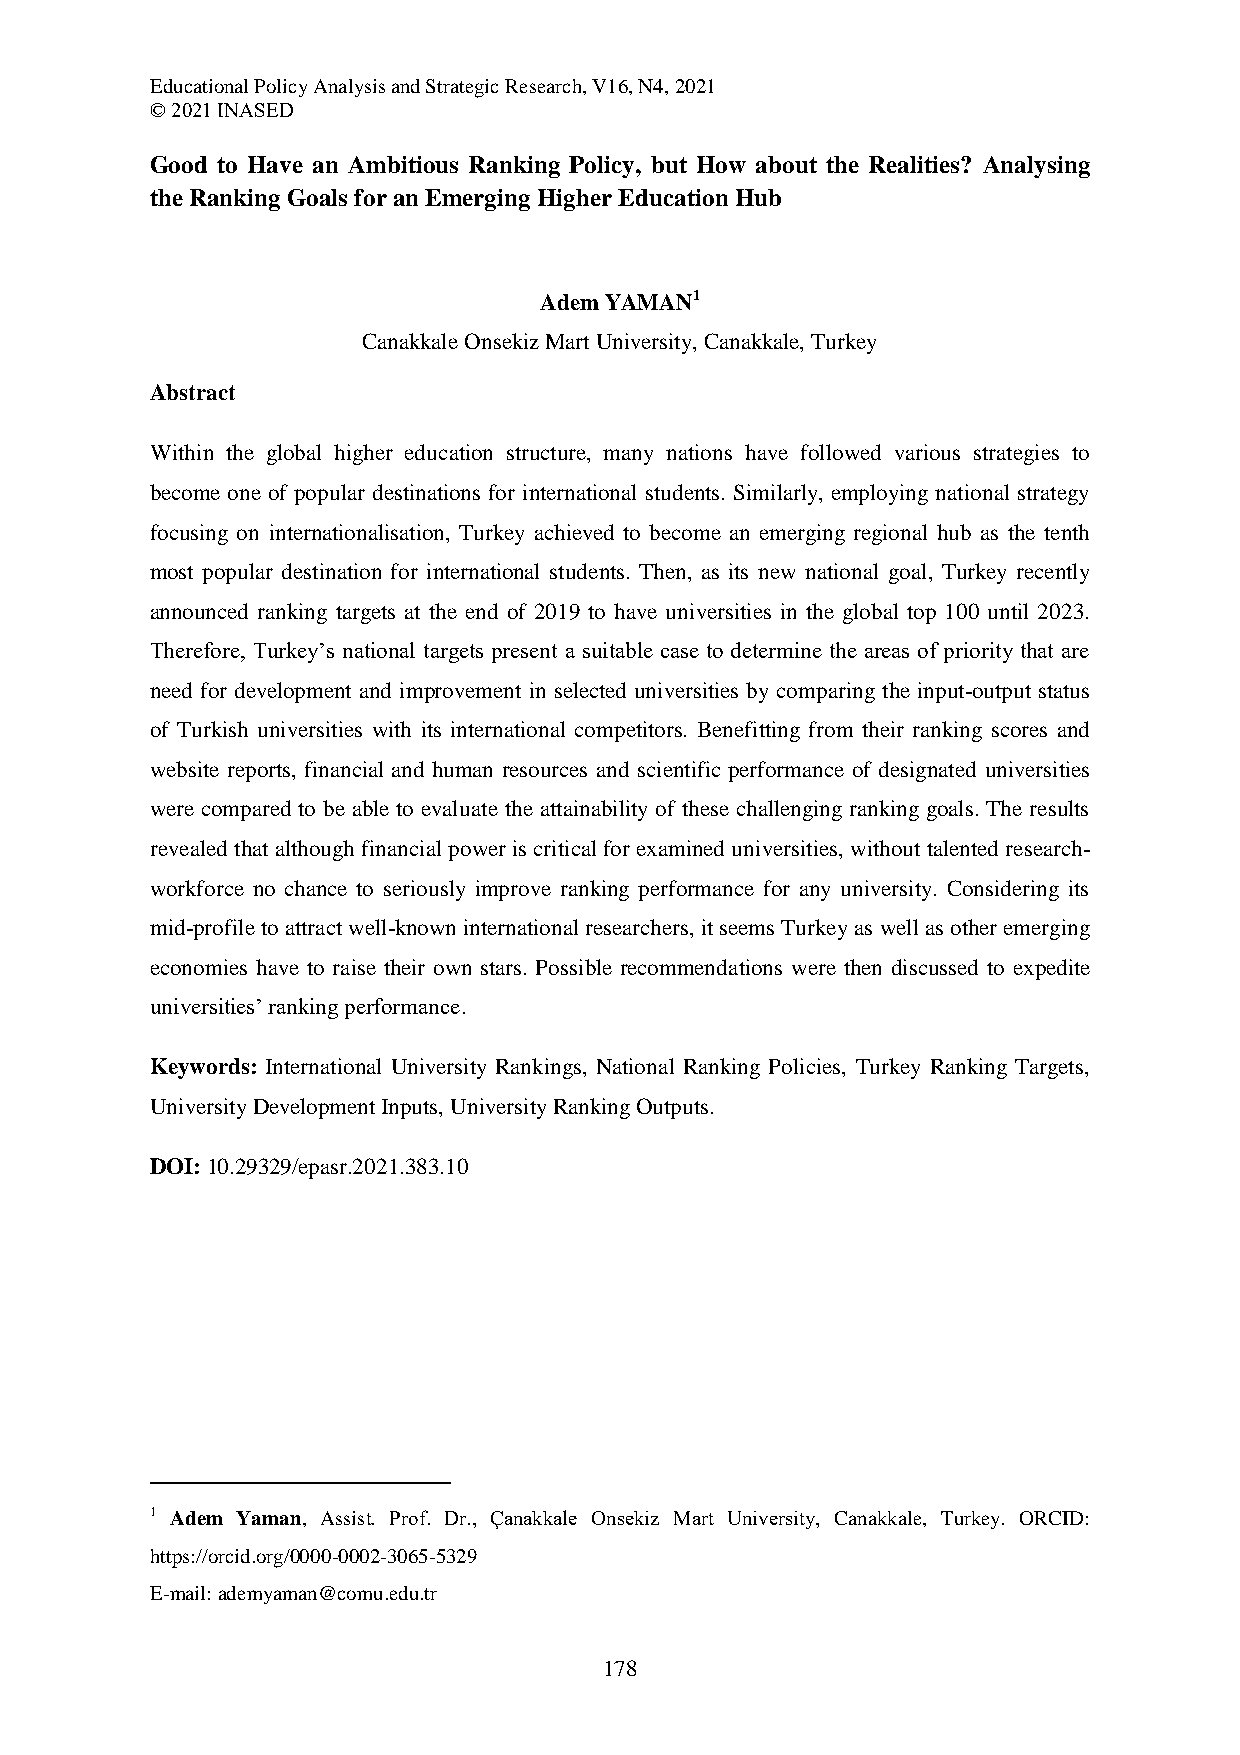
Educational Policy Analysis and Strategic Research, V16, N4, 2021
 © 2021 INASED
 Good to Have an Ambitious Ranking Policy, but How about the Realities? Analysing
 the Ranking Goals for an Emerging Higher Education Hub
 Adem YAMAN1
 Canakkale Onsekiz Mart University, Canakkale, Turkey
 Abstract
 Within the global higher education structure, many nations have followed various strategies to
 become one of popular destinations for international students. Similarly, employing national strategy
 focusing on internationalisation, Turkey achieved to become an emerging regional hub as the tenth
 most popular destination for international students. Then, as its new national goal, Turkey recently
 announced ranking targets at the end of 2019 to have universities in the global top 100 until 2023.
 Therefore, Turkey’s national targets present a suitable case to determine the areas of priority that are
 need for development and improvement in selected universities by comparing the input-output status
 of Turkish universities with its international competitors. Benefitting from their ranking scores and
 website reports, financial and human resources and scientific performance of designated universities
 were compared to be able to evaluate the attainability of these challenging ranking goals. The results
 revealed that although financial power is critical for examined universities, without talented research-
 workforce no chance to seriously improve ranking performance for any university. Considering its
 mid-profile to attract well-known international researchers, it seems Turkey as well as other emerging
 economies have to raise their own stars. Possible recommendations were then discussed to expedite
 universities’ ranking performance.
 Keywords: International University Rankings, National Ranking Policies, Turkey Ranking Targets,
 University Development Inputs, University Ranking Outputs.
 DOI: 10.29329/epasr.2021.383.10
 1 Adem Yaman, Assist. Prof. Dr., Çanakkale Onsekiz Mart University, Canakkale, Turkey. ORCID:
 https://orcid.org/0000-0002-3065-5329
 E-mail: ademyaman@comu.edu.tr
 178